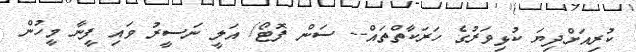
ކުރިއަށްދިޔަ ކުޅިވަރުގެ ހަރަކާތްތައް-- ސަން ފޮޓޯ/ އަލީ ނަސީރު ވައި ފީނާ މީހުން